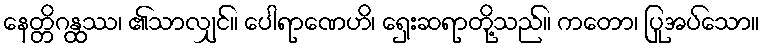
နေတ္တိဂန္ထဿ၊ ၏သာလျှင်။ ပေါရာဏေဟိ၊ ရှေးဆရာတို့သည်။ ကတော၊ ပြုအပ်သော။